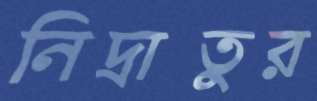
নিদ্রাতুর